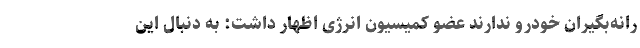
رانه‌بگیران خودرو ندارند عضو کمیسیون انرژی اظهار داشت: به دنبال این